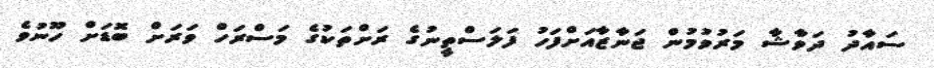
ސައާދު ދަވާޝާ މަރުވުމުން ޖަނާޒާއަށްފަހު ފަލަސްތީނުގެ ރަށްތަކުގެ މަސްރަހް ވަރަށް ބޮޑަށް ހޫނުވެ